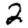
Digit: 2